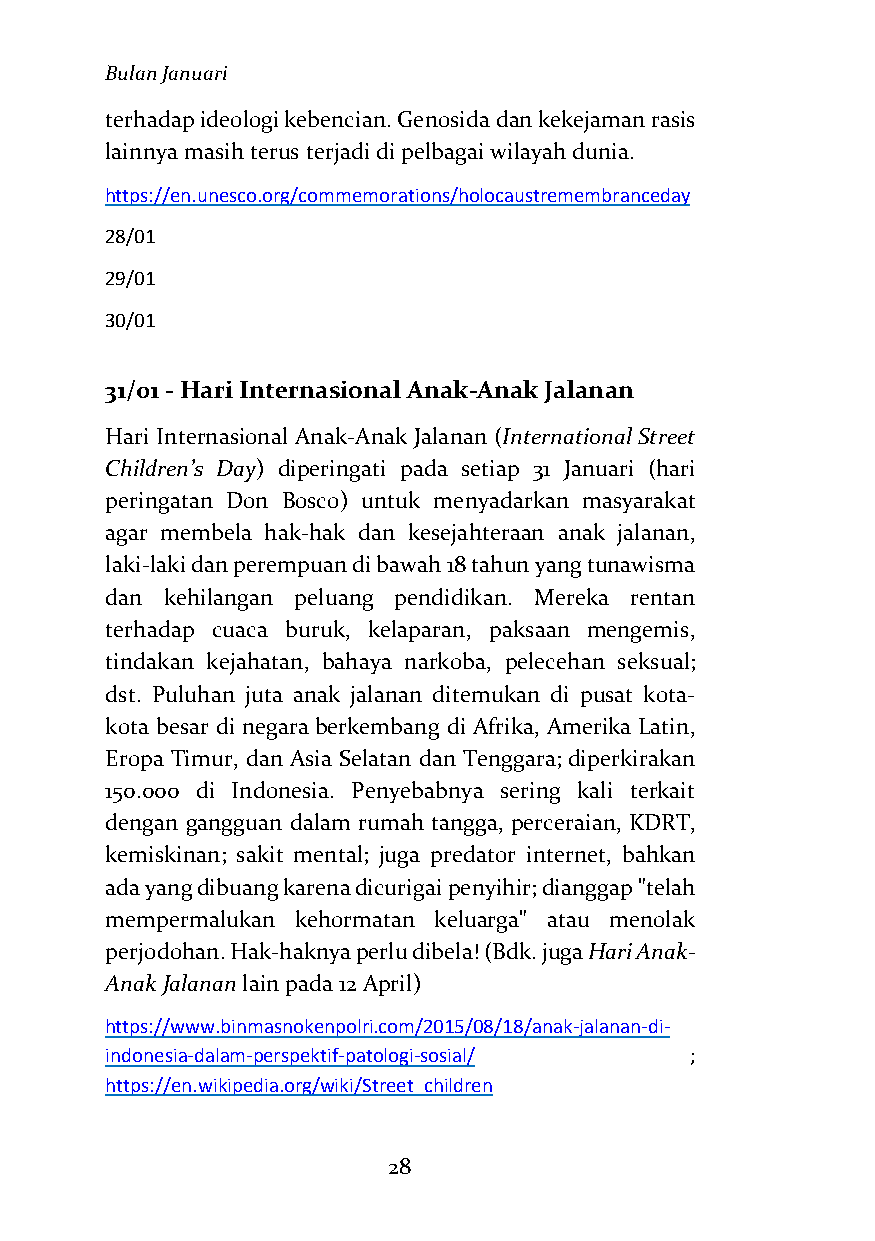
Bulan Januari
 terhadap ideologi kebencian. Genosida dan kekejaman rasis
 lainnya masih terus terjadi di pelbagai wilayah dunia.
 https://en.unesco.org/commemorations/holocaustremembranceday
 28/01
 29/01
 30/01
 31/01 - Hari Internasional Anak-Anak Jalanan
 Hari Internasional Anak-Anak Jalanan (International Street
 Children’s Day) diperingati pada setiap 31 Januari (hari
 peringatan Don Bosco) untuk menyadarkan masyarakat
 agar membela hak-hak dan kesejahteraan anak jalanan,
 laki-laki dan perempuan di bawah 18 tahun yang tunawisma
 dan kehilangan peluang pendidikan. Mereka rentan
 terhadap cuaca buruk, kelaparan, paksaan mengemis,
 tindakan kejahatan, bahaya narkoba, pelecehan seksual;
 dst. Puluhan juta anak jalanan ditemukan di pusat kota-
 kota besar di negara berkembang di Afrika, Amerika Latin,
 Eropa Timur, dan Asia Selatan dan Tenggara; diperkirakan
 150.000 di Indonesia. Penyebabnya sering kali terkait
 dengan gangguan dalam rumah tangga, perceraian, KDRT,
 kemiskinan; sakit mental; juga predator internet, bahkan
 ada yang dibuang karena dicurigai penyihir; dianggap "telah
 mempermalukan kehormatan keluarga" atau menolak
 perjodohan. Hak-haknya perlu dibela! (Bdk. juga Hari Anak-
 Anak Jalanan lain pada 12 April)
 https://www.binmasnokenpolri.com/2015/08/18/anak-jalanan-di-
 indonesia-dalam-perspektif-patologi-sosial/ ;
 https://en.wikipedia.org/wiki/Street_children
 28